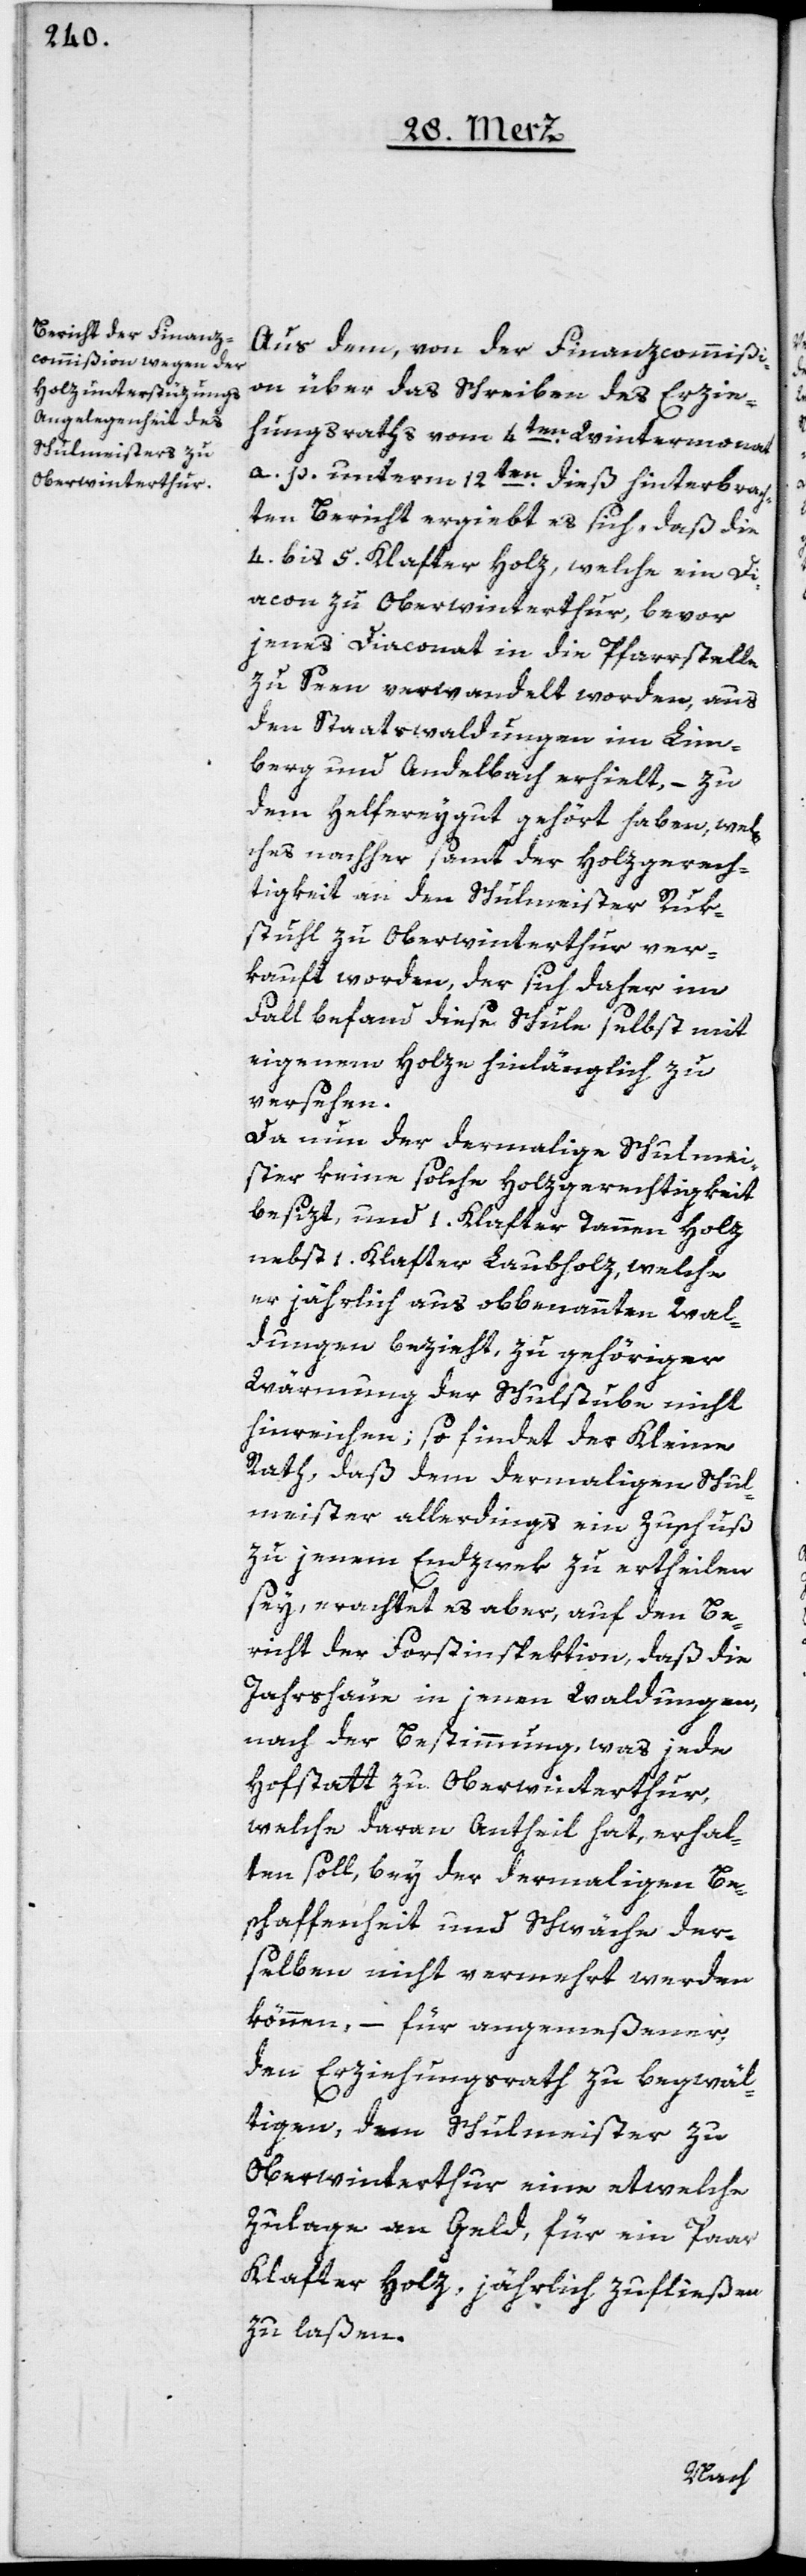
Aus dem, von der Finanzcommißi¬
on über das Schreiben des Erzie¬
hungsraths vom 4ten Wintermonat
a. p. unterm 12ten dieß hinterbrach¬
ten Bericht ergiebt es sich, daß die
4. bis 5. Klafter Holz, welche ein Di¬
acon zu Oberwinterthur, bevor
jenes Diaconat in die Pfarrstelle
zu Seen verwandelt worden, aus
den Staatswaldungen im Lim¬
berg und Andelbach erhielt, – zu
dem Helfereygut gehört haben, wel¬
ches nachher samt der Holzgerech¬
tigkeit an den Schulmeister Ruk¬
stuhl zu Oberwinterthur ver¬
kauft worden, der sich daher im
Fall befand diese Schule selbst mit
eigenem Holz hinlänglich zu
versehen.
Da nun der dermalige Schulmei¬
ster keine solche Holzgerechtigkeit
besizt, und 1. Klafter Tannen Holz
nebst 1. Klafter Laubholz, welche
er jährlich aus obbenannten Wal¬
dungen bezieht, zu gehöriger
Wärmung der Schulstube nicht
hinreichen; so findet der kleine
Rath, daß dem dermaligen Schul¬
meister allerdings ein Zuschuß
zu jenem Endzwek zu ertheilen
sey, erachtet es aber, auf den Be¬
richt der Forstinspektion, daß die
Jahrshäue in jenen Waldungen,
nach der Bestimmung, was jede
Hofstatt zu Oberwinterthur,
welche deren Antheil hat, erhal¬
ten soll, bey der dermaligen Be¬
schaffenheit und Schwäche der¬
selben nicht vermehrt werden
können, – für angemeßener,
den Erziehungsrath zu begwäl¬
tigen, dem Schulmeister zu
Oberwinterthur eine etwelche
Zulage an Geld, für ein paar
Klafter Holz jährlich zufließen
zu laßen.